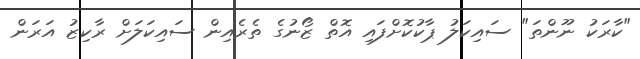
"ކާރަކު ނޫންތަ" ސައިކަލު ޕާކުކޮށްފައި އޮތް ޒޯނުގެ ތެރެއިން ސައިކަލަށް ރާކިޒު އަރަން